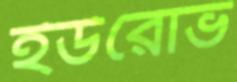
ইউরোভ